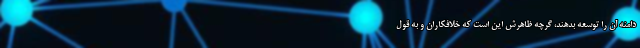
دامنه آن را توسعه بدهند، گرچه ظاهرش این است که خلافکاران و به قول